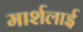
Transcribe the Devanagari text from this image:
मार्शलाई